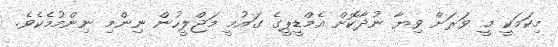
މިކަމަކީ މީ ވަރަށް ވިޔާ ނުދާކޮށް އެމްޑީޕީގެ ގައުމީ މަޖްލީހުން ނިންމި ނިންމުމެކެވެ.